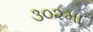
૩૦૨મા